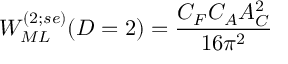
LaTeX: { \cal W } _ { M L } ^ { ( 2 ; s e ) } ( D = 2 ) = \frac { C _ { F } C _ { A } { \cal A } _ { C } ^ { 2 } } { { 1 6 { \pi } ^ { 2 } } }